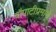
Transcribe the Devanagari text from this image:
चौपाटीप्रमाणे